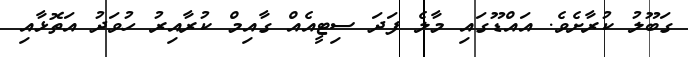
ގަބޫލު ކުރާށެވެ. އައްޑޫގައި މާލެ ފަދަ ސިޓީއެއް ގާއިމް ކުރާއިރު ހުވަދު އަތޮޅާއި